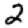
Digit: 2